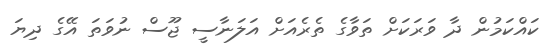
ކައްކަމުން ދާ ވަރަކަށް ތަވާގެ ތެރެއަށް އަލަނާސީ ޖޫސް ނުވަތަ އޭގެ ދިޔަ